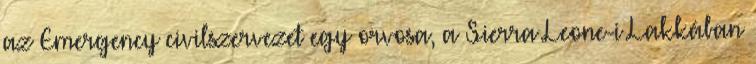
az Emergency civilszervezet egy orvosa, a Sierra Leone-i Lakkában